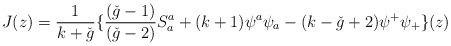
\begin{align*}J(z) = \frac{1}{k+ \check{g}} \{ \frac{(\check{g} - 1)}{(\check{g}-2)}S_{a}^{a} + (k+1)\psi^{a} \psi_{a} - (k- \check{g}+2) \psi^{+} \psi_{+} \}(z)\end{align*}